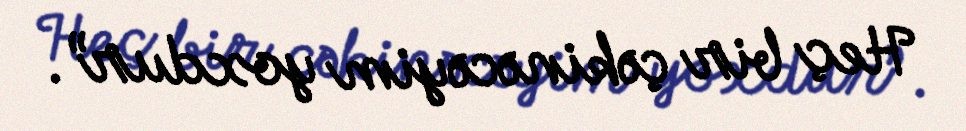
Heç bir çəkinəcəyim yoxdur”.